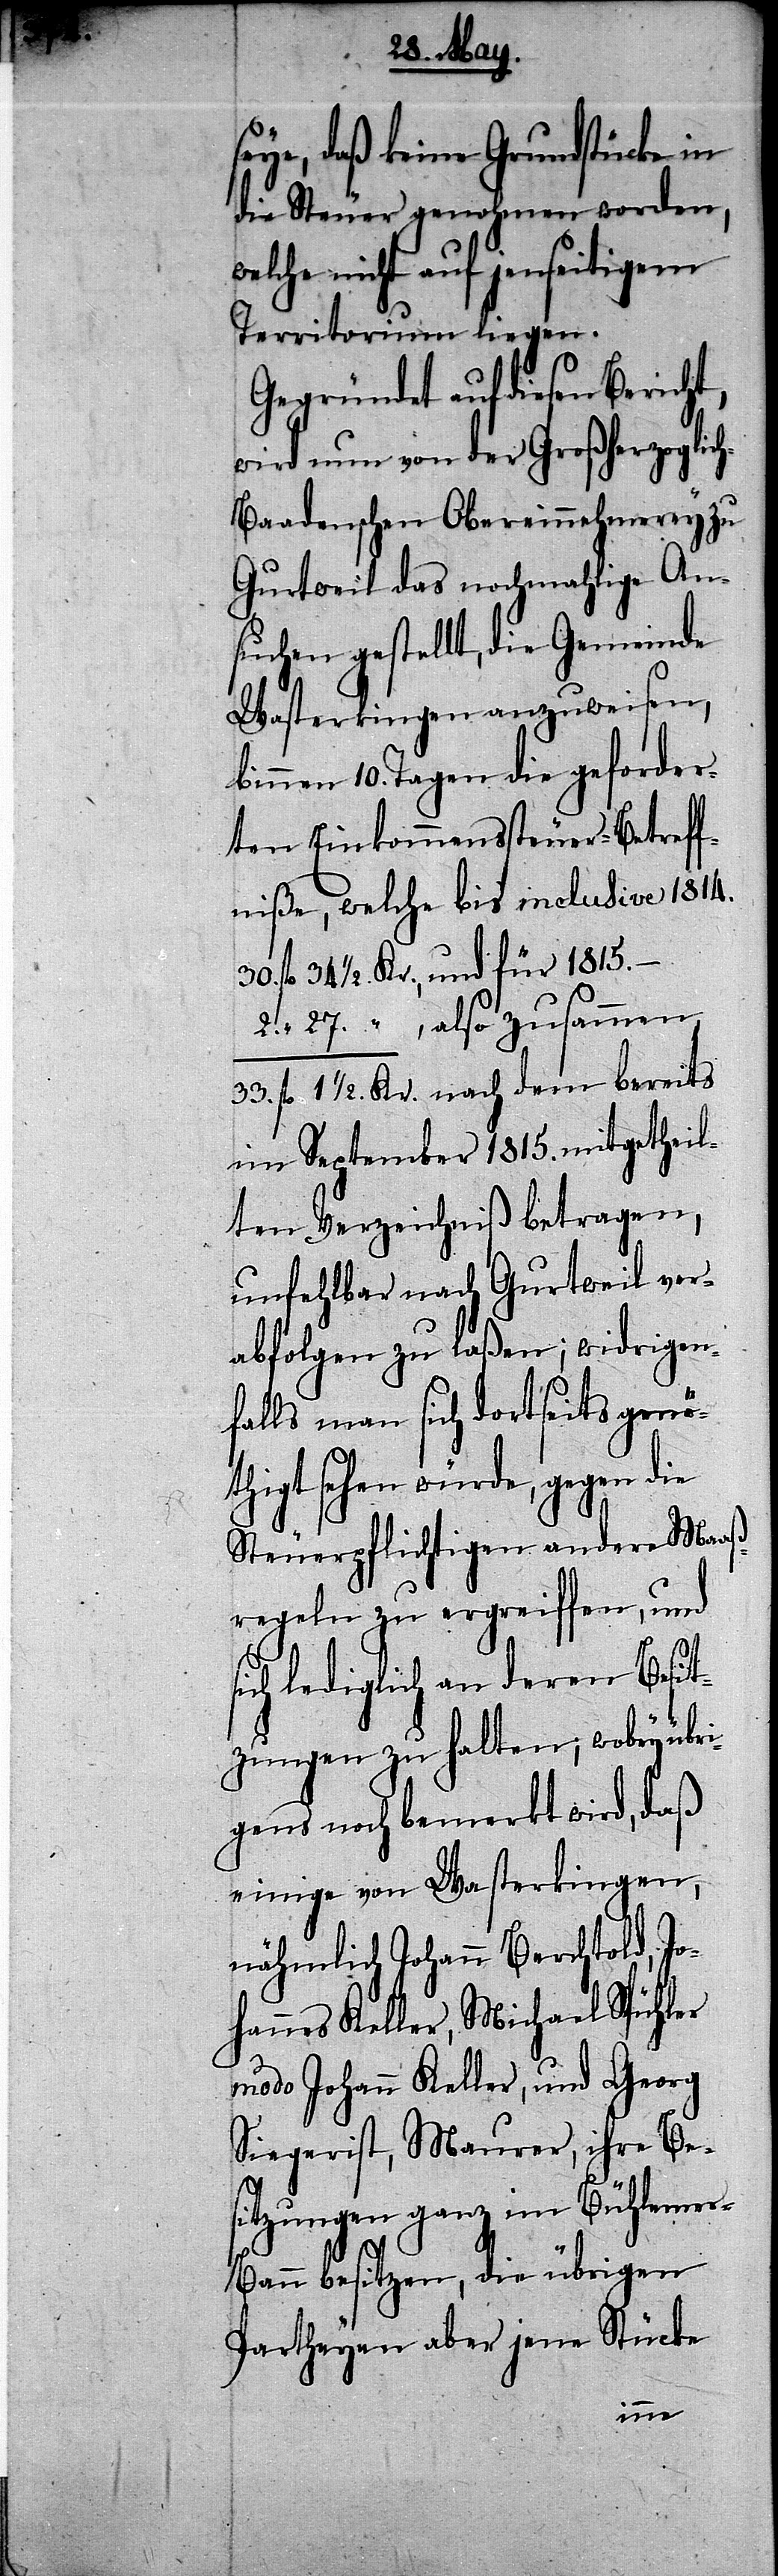
seye, daß keine Grundstücke in
die Steuer genohmen worden,
welche nicht auf jenseitigem
Territorium liegen.
Gegründet auf diesen Bericht,
wird nun von der Großherzoglic¬
h-Baadenschen Obereinnehmerey zu
Gurtweil das nochmahlige An¬
suchen gestellt, die Gemeinde
Wasterkingen anzuweisen,
binnen 10. Tagen die geforder¬
ten Einkommenssteuer-Betref¬
fniße, welche bis inclusive 1814.
34 1/2. Kr., und für 1815.–
1 1/2. “ , also zusammen
33. fl 1 1/2. Kr. nach dem bereits
im September 1815. mitgetheil¬
ten Verzeichniß betragen,
unfehlbar nach Gurtweil ver¬
abfolgen zu laßen; widrigen¬
falls man sich dortseits genö¬
tigt sehen würde, gegen die
Steuerpflichtigen andere Maaß¬
regeln zu ergreiffen, und
lediglich an deren Besit¬
zungen zu halten; wobey übri¬
gens noch bemerkt wird, daß
einige von Wasterkingen,
nähmlich Johann Berchtold, Jo¬
hannes Keller, Michael Spühler
modo Johann Keller, und Georg
Siegerist, Maurer, ihre Be¬
sitzungen ganz im Bühleme¬
r-Bann besitzen, die übrigen
Partheyen aber jene Stücke